Medical and sanitary report on the native army of Bombay for the year
Year: 1877
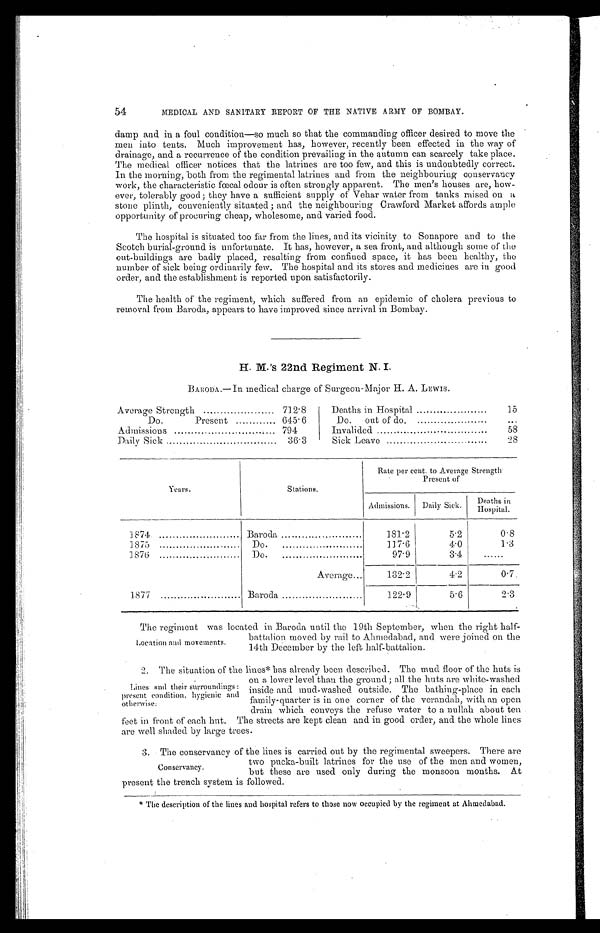
54
MEDICAL AND SANITARY REPORT OF THE NATIVE ARMY OF BOMBAY.
damp and in a foul condition—so much so that the commanding officer desired to move the
men into tents. Much improvement has, however, recently been effected in the way of
drainage, and a recurrence of the condition prevailing in the autumn can scarcely take place.
The medical officer notices that the latrines are too few, and this is undoubtedly correct.
In the morning, both from the regimental latrines and from the neighbouring conservancy
work, the characteristic fœtal odour is often strongly apparent. The men's houses are, how-
ever, tolerably good; they have a sufficient supply of Vehar water from tanks raised on a
stone plinth, conveniently situated ; and the neighbouring Crawford Market affords ample
opportunity of procuring cheap, wholesome, and varied food.
The hospital is situated too far from the lines, and its vicinity to Sonapore and to the
Scotch burial-ground is unfortunate. It has, however, a sea front, and although some of the
out-buildings are badly placed, resulting from confined space, it has been healthy, the
number of sick being ordinarily few. The hospital and its stores and medicines are in good
order, and the establishment is reported upon satisfactorily.
The health of the regiment, which suffered from an epidemic of cholera previous to
removal from Baroda, appears to have improved since arrival in Bombay.
H. M.'s 22nd Regiment N. I.
BARODA.—In medical charge of Surgeon-Major H. A. LEWIS.
Average Strength
712.8
Deaths in Hospital
15
Do.
Present
645.6
Do.
out of do.
. . .
Admissions
794
Invalided
58
Daily Sick
36.3
Sick Leave
28
Years.
Stations.
Rate per cent. to Average Strength.
Present of
Admissions.
Daily Sick.
Deaths in
H o s p i t a l
1874.
Baroda
181.2
5.2
0.8
1875
Do.
117.6
4.0
1.3
1876
Do.
97.9
3.4
......
Average...
132.9
4.2
0.7
1877
Baroda
122.9
5.6
2.3
Location and movements.
The regiment was located in Baroda until the 19th September, when the right half-
battalion moved by rail to Ahmedabad, and were joined on the
14th December by the left half-battalion.
Lines end their surroundings:
present condition. hygienic and
otherwise:
2 . T h e s i t u a t i o n o f t h e l i n e s * h a s a l r e a d y b e e n d e s c r i b e d . T h e m u d f l o o r o f t h e h u t s i s
on a lower level than the ground; all the huts are white-washed
inside and mud-washed outside. The bathing-place in each
family-quarter is in one corner of the verandah, with an open
drain which conveys the refuse water to a nullah about ten
feet in front of each hut. The streets are kept clean and in good order, and the whole lines
are well shaded by large trees.
Conservancy.
3. The conservancy of the lines is carried out by the regimental sweepers. There are
two pucka-built latrines for the use of the men and women,
but these are used only during the monsoon months. At
present the trench system is followed.
* The description of the lines and hospital refers to those now occupied by the regiment at Ahmedabad.